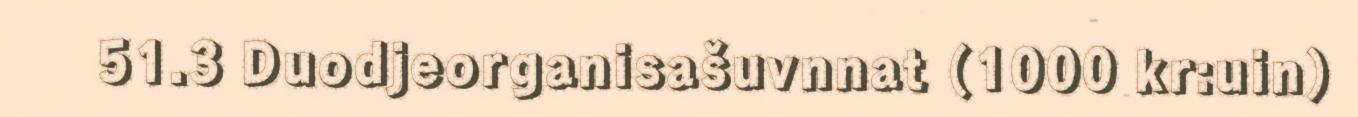
51.3 Duodjeorganisašuvnnat (1000 kr:uin)